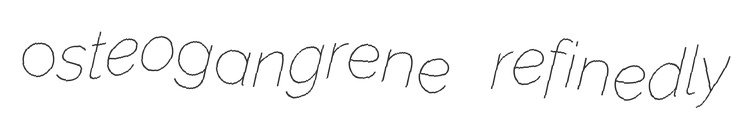
osteogangrene refinedly